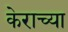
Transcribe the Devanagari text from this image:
केराच्या